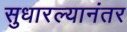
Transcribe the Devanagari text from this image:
सुधारल्यानंतर